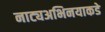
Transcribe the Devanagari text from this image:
नाट्यअभिनयाकडे